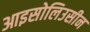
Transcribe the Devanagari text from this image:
आइसोलिउसीन